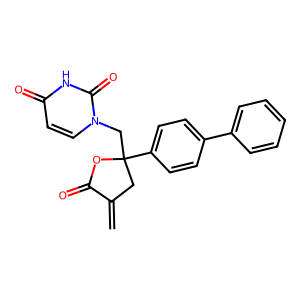
SMILES: C=C1CC(Cn2ccc(=O)[nH]c2=O)(c2ccc(-c3ccccc3)cc2)OC1=O
Inhibits HIV replication: No